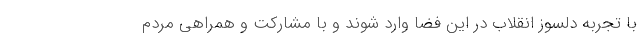
با تجربه دلسوز انقلاب در این فضا وارد شوند و با مشارکت و همراهی مردم